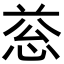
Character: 𢚱